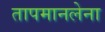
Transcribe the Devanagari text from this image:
तापमानलेना